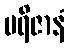
ပရိဇာနံ